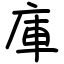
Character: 庫